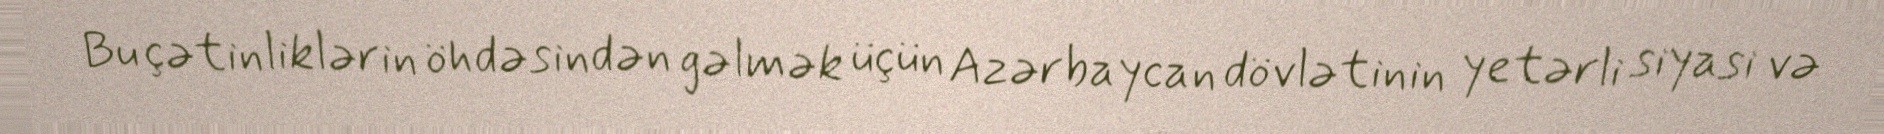
Bu çətinliklərin öhdəsindən gəlmək üçün Azərbaycan dövlətinin yetərli siyasi və